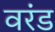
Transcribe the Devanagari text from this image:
वरंड